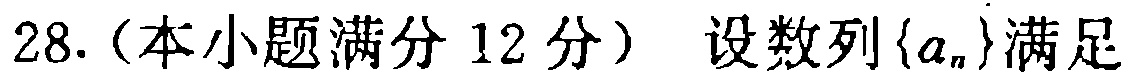
28.（本小题满分 12 分）设数列\(\{a_{n}\}\)满足